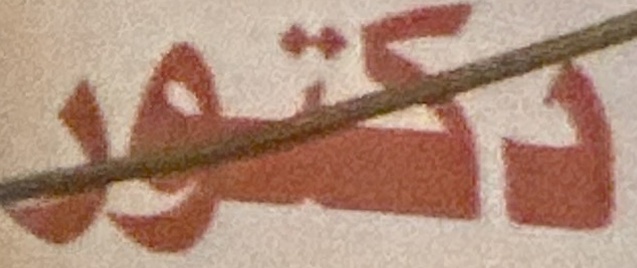
دكتور